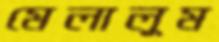
মেলালুম